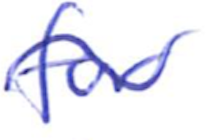
Text: for
Cross-out: wave
Writing tool: ballpoint